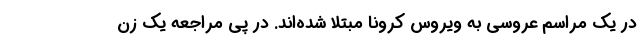
در یک مراسم عروسی به ویروس کرونا مبتلا شده‌اند. در پی مراجعه یک زن